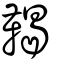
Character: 鞨